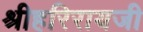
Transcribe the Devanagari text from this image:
श्रीहरिरायजी